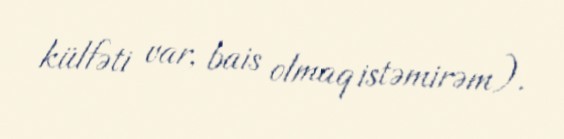
külfəti var, bais olmaq istəmirəm).